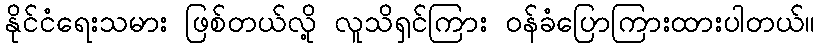
နိုင်ငံရေးသမား ဖြစ်တယ်လို့ လူသိရှင်ကြား ဝန်ခံပြောကြားထားပါတယ်။